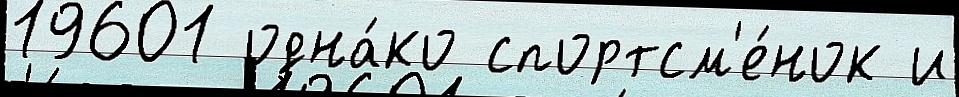
19601 одна́ко спортсм'е́нок и